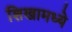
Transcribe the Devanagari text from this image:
शिखामध्ये